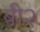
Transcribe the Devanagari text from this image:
बी२